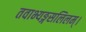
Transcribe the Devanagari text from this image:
तवाभ्यङ्गसलिलम्।